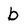
Character: b